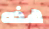
هذه